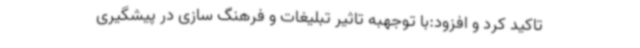
تاکید کرد و افزود:با توجهبه تاثیر تبلیغات و فرهنگ سازی در پیشگیری